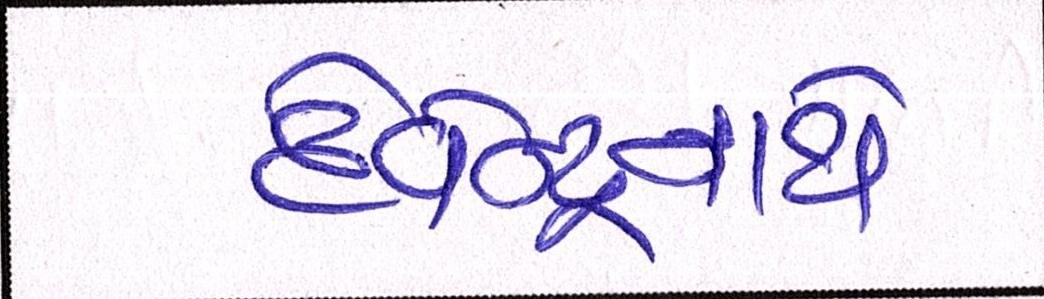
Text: દેવેન્દ્રનાથે